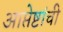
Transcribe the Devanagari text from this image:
आप्तेष्टांची